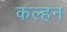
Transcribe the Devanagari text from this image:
कल्हन